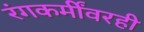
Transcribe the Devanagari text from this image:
रंगकर्मींवरही